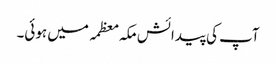
آپ کی پیدائش مکہ معظمہ میں ہوئی۔